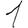
Digit: 1